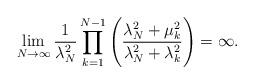
LaTeX: \begin{align*}\lim_{N\to\infty} \frac{1}{\lambda_N^2}\prod\limits_{k=1}^{N-1}\Bigg( \frac{\lambda_N^2 + \mu_{k}^{2}}{\lambda_N^2 +\lambda_{k}^{2}} \Bigg) =\infty. \end{align*}